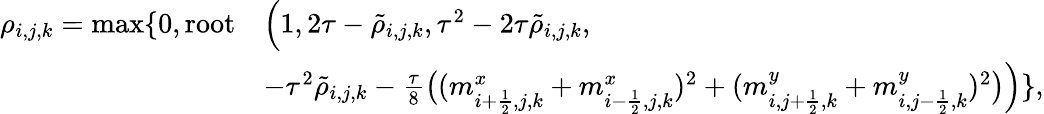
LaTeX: \begin{array}{rl}{\rho_{i,j,k}=\operatorname*{max}\{ 0,\mathrm{root}}&{\Big(1,2\tau-\tilde{\rho}_{i,j,k},\tau^{2}-2\tau\tilde{\rho}_{i,j,k},}\\ &{-\tau^{2}\tilde{\rho}_{i,j,k}-\frac{\tau}{8}\big((m_{i+\frac{1}{2},j,k}^{x}+m_{i-\frac{1}{2},j,k}^{x})^{2}+(m_{i,j+\frac{1}{2},k}^{y}+m_{i,j-\frac{1}{2},k}^{y})^{2}\big)\Big)\} ,}\end{array}